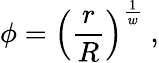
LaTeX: \phi=\left({\frac{r}{R}}\right)^{\frac{1}{w}}\ ,